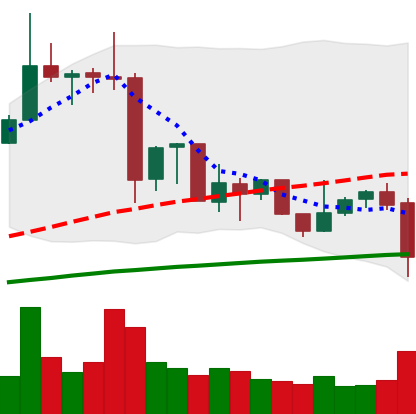
Ticker: XRP-USD
Chart end date: 2019-07-10
Forward return: -13.323%
Label: down_7plus